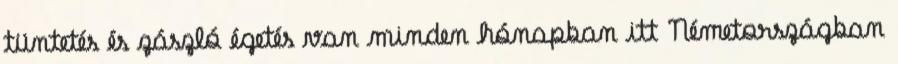
tüntetés és zászló égetés van minden hónapban itt Németországban